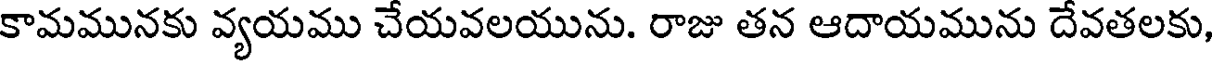
కామమునకు వ్యయము చేయవలయును. రాజు తన ఆదాయమును దేవతలకు,